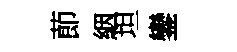
莭絪坦鑾